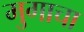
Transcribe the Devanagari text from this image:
मुगाचा